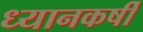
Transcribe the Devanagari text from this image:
ध्यानकर्षी